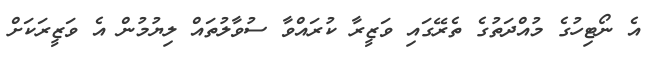
އެ ނޯޓިހުގެ މުއްދަތުގެ ތެރޭގައި ވަޒީރާ ކުރައްވާ ސުވާލުތައް ލިޔުމުން އެ ވަޒީރަކަށް